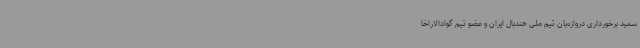
سعید برخورداری دروازه‌بان تیم ملی هندبال ایران و عضو تیم گوادالاراخا